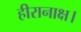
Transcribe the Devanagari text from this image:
हीरानाक्ष।